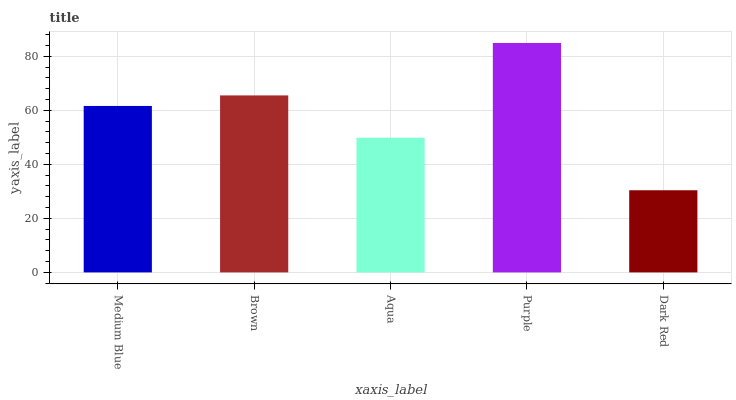
| xaxis_label | bars |
 | --- | --- |
 | Medium Blue | 61.6 |
 | Brown | 65.5 |
 | Aqua | 49.9 |
 | Purple | 85 |
 | Dark Red | 30.4 |